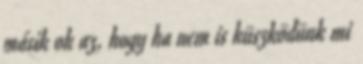
másik ok az, hogy ha nem is küszködünk mi